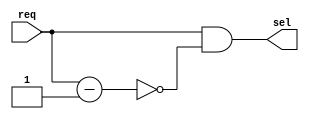
module bitscan (req,sel);
parameter WIDTH = 16;
input [WIDTH-1:0] req;
output [WIDTH-1:0] sel;

assign sel = req & ~(req-1);

endmodule